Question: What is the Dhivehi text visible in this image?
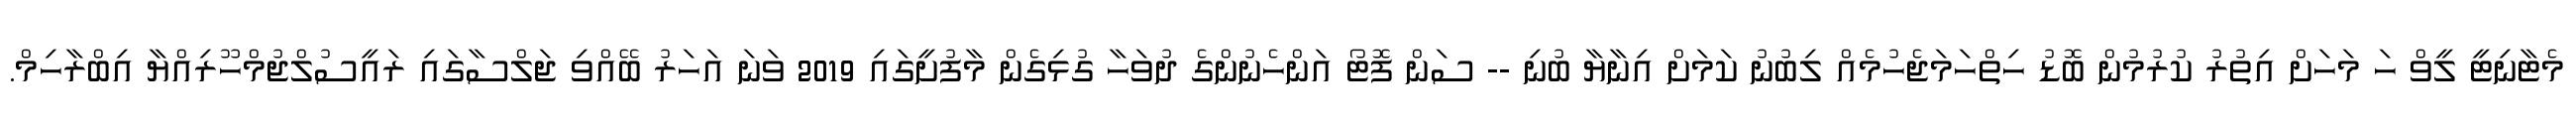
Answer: މެޓާނިޓީ ލީވް ހަ މަހަށް އިތުރު ކުރުމުން ބޮޑު ހިތްހަމަޖެހުމެއް ލިބުނު ކަމަށް އިނާޔާ ބުނި -- ސަން ފޮޓޯ އަންހެނުންގެ ދުވަހާ ގުޅިގެން މާފުށީގައި 2019 ވަނަ އަހަރު ބޭއްވި ޖަލްސާގައި ރައީސުލްޖުމްހޫރިއްޔާ އިބްރާހިމް.